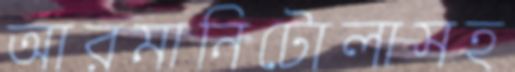
আরমানিটোলাসহ